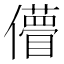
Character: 𠐧